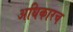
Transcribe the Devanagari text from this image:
अधिकारच